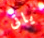
ياتى